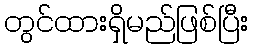
တွင်ထားရှိမည်ဖြစ်ပြီး